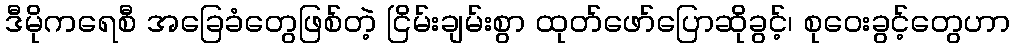
ဒီမိုကရေစီ အခြေခံတွေဖြစ်တဲ့ ငြိမ်းချမ်းစွာ ထုတ်ဖော်ပြောဆိုခွင့်၊ စုဝေးခွင့်တွေဟာ